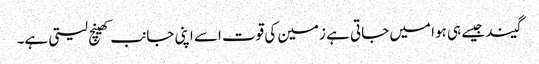
گیند جیسے ہی ہوا میں جاتی ہے زمین کی قوت اسے اپنی جانب کھینچ لیتی ہے۔